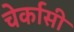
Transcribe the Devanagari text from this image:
चेर्कासी